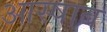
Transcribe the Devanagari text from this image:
आस्षाब